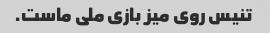
تنیس روی میز بازی ملی ماست.